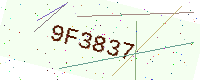
Text: 9F3837